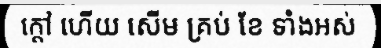
ក្តៅ ហើយ សើម គ្រប់ ខែ ទាំងអស់